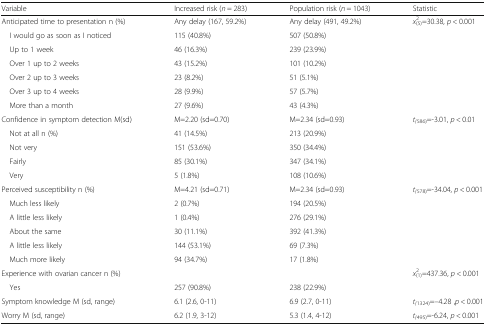
<table><thead><tr><td><b>Variable</b></td><td><b>Increased risk (<i>n</i> = 283)</b></td><td><b>Population risk (<i>n</i> = 1043)</b></td><td><b>Statistic</b></td></tr></thead><tbody><tr><td>Anticipated time to presentation n (%)</td><td>Any delay (167, 59.2%)</td><td>Any delay (491, 49.2%)</td><td><i>x</i><sup>2</sup><sub>(5)</sub>=30.38, <i>p</i> &lt; 0.001</td></tr><tr><td> I would go as soon as I noticed</td><td>115 (40.8%)</td><td>507 (50.8%)</td><td></td></tr><tr><td> Up to 1 week</td><td>46 (16.3%)</td><td>239 (23.9%)</td><td></td></tr><tr><td> Over 1 up to 2 weeks</td><td>43 (15.2%)</td><td>101 (10.2%)</td><td></td></tr><tr><td> Over 2 up to 3 weeks</td><td>23 (8.2%)</td><td>51 (5.1%)</td><td></td></tr><tr><td> Over 3 up to 4 weeks</td><td>28 (9.9%)</td><td>57 (5.7%)</td><td></td></tr><tr><td> More than a month</td><td>27 (9.6%)</td><td>43 (4.3%)</td><td></td></tr><tr><td>Confidence in symptom detection M(sd)</td><td>M=2.20 (sd=0.70)</td><td>M=2.34 (sd=0.93)</td><td><i>t</i><sub><i>(</i>586)</sub>=-3.01, <i>p</i> &lt; 0.01</td></tr><tr><td> Not at all n (%)</td><td>41 (14.5%)</td><td>213 (20.9%)</td><td></td></tr><tr><td> Not very</td><td>151 (53.6%)</td><td>350 (34.4%)</td><td></td></tr><tr><td> Fairly</td><td>85 (30.1%)</td><td>347 (34.1%)</td><td></td></tr><tr><td> Very</td><td>5 (1.8%)</td><td>108 (10.6%)</td><td></td></tr><tr><td>Perceived susceptibility n (%)</td><td>M=4.21 (sd=0.71)</td><td>M=2.34 (sd=0.93)</td><td><i>t</i><sub><i>(</i>578)</sub>=-34.04, <i>p</i> &lt; 0.001</td></tr><tr><td> Much less likely</td><td>2 (0.7%)</td><td>194 (20.5%)</td><td></td></tr><tr><td> A little less likely</td><td>1 (0.4%)</td><td>276 (29.1%)</td><td></td></tr><tr><td> About the same</td><td>30 (11.1%)</td><td>392 (41.3%)</td><td></td></tr><tr><td> A little less likely</td><td>144 (53.1%)</td><td>69 (7.3%)</td><td></td></tr><tr><td> Much more likely</td><td>94 (34.7%)</td><td>17 (1.8%)</td><td></td></tr><tr><td>Experience with ovarian cancer n (%)</td><td></td><td></td><td><i>x</i><sup>2</sup><sub>(1)</sub>=437.36, <i>p</i> &lt; 0.001</td></tr><tr><td> Yes</td><td>257 (90.8%)</td><td>238 (22.9%)</td><td></td></tr><tr><td>Symptom knowledge M (sd, range)</td><td>6.1 (2.6, 0-11)</td><td>6.9 (2.7, 0-11)</td><td><i>t</i><sub><i>(</i>1324)</sub>=--4.28 ,<i>p</i> &lt; 0.001</td></tr><tr><td>Worry M (sd, range)</td><td>6.2 (1.9, 3-12)</td><td>5.3 (1.4, 4-12)</td><td><i>t</i><sub><i>(</i>495)</sub>=-6.24, <i>p</i> &lt; 0.001</td></tr></tbody></table>